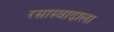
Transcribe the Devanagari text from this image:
रसास्वादाला